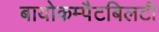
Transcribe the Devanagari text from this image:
बायोकम्पैटबिलटी